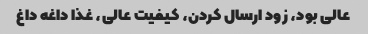
عالی بود، زود ارسال کردن، کیفیت عالی، غذا داغه داغ